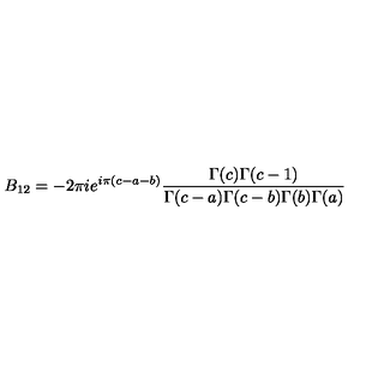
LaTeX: B _ { 1 2 } = - 2 \pi i e ^ { i \pi ( c - a - b ) } \frac { \Gamma ( c ) \Gamma ( c - 1 ) } { \Gamma ( c - a ) \Gamma ( c - b ) \Gamma ( b ) \Gamma ( a ) }